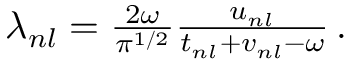
\begin{array} { r } { \lambda _ { n l } = \frac { 2 \omega } { \pi ^ { 1 / 2 } } \frac { u _ { n l } } { t _ { n l } + v _ { n l } - \omega } \, . } \end{array}